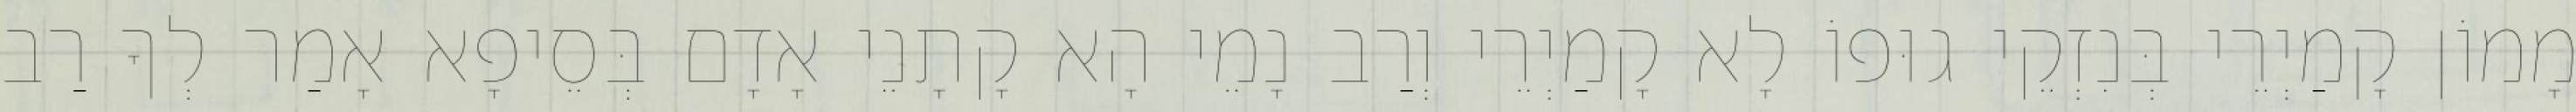
מָמוֹן קָמַיְרֵי בְּנִזְקֵי גוּפוֹ לָא קָמַיְרֵי וְרַב נָמֵי הָא קָתָנֵי אָדָם בְּסֵיפָא אָמַר לְךָ רַב